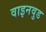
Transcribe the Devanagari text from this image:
वाइनवुड